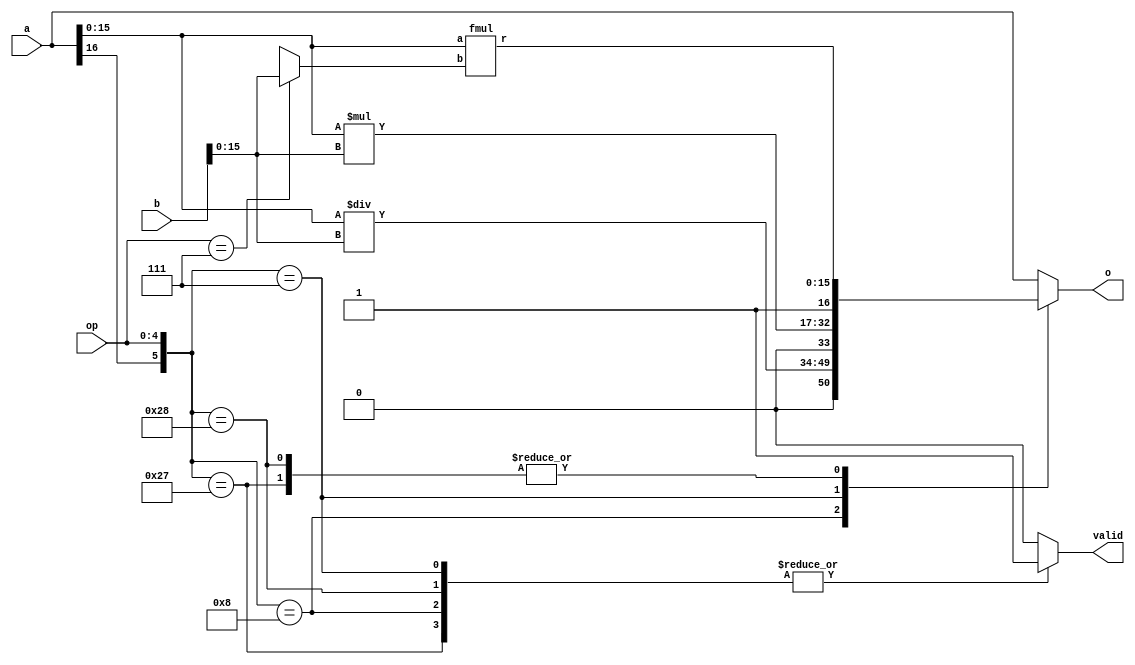
// basic sizes of things 
`define WORD  [15:0] // Standard word length
`define OP    [4:0] // opcode length
`define REG   [2:0] // reg location length
`define HWORD [7:0] // half word length
`define STATE [5:0]

`define OP1	  [15:11] // Typical opcode field
`define OP2   [7:3] // VLIW 2nd Op location
`define REG1  [10:8] // Typical opcode field 
`define REG2  [2:0] // VLIW 2nd Op location
`define IMM8  [7:0] // Immediate 8 bit value location

`define HIR1  [15:8] // first half of ir
`define HIR2  [7:0] // second half of ir

`define ACC1 3'b000 // Location for first accumulator
`define ACC2 3'b001 // Location for second accumulator

// TACKY data type flag values
`define	TFLOAT	1'b1
`define	TINT	1'b0
`define	TAG	[16] // Where the register type is defined (float = 1, int = 0)

// TODO: modify for our code
`define REGWORD [16:0]
`define REGSIZE [7:0]
`define MEMSIZE [65535:0]


`define OPadd  5'b00000 // ---------- begin group 1 // double packable
`define OPsub  5'b00001 
`define OPxor  5'b00010 
`define OPand  5'b00011 
`define OPor   5'b00100 
`define OPsh   5'b00101 
`define OPslt  5'b00110 
`define OPmul  5'b00111 
`define OPdiv  5'b01000 
`define OPnot  5'b01001  // ---------- begin group 2
`define OPcvt  5'b01010 
`define OPr2a  5'b01011 
`define OPa2r  5'b01100  // ---------- begin group 3
`define OPlf   5'b01101 
`define OPli   5'b01110 
`define OPst   5'b01111  // ---------- begin group 4
`define OPjr   5'b10000  // ---------- begin group 5
`define OPjnz8 5'b10100  // full word
`define OPjz8  5'b10101 
`define OPcf8  5'b10110  // ---------- begin group 6
`define OPci8  5'b10111 
`define OPpre  5'b10001  // ---------- begin group 7, 13 bits + 3 padding
`define OPjp8  5'b10010 
`define OPsys  5'b10011 


// special 
`define OPnop1   {`OPa2r, `ACC1} 
`define OPnop2   {`OPa2r, `ACC2} 

// state numbers only
`define Fetch	5'b11000 // s0
`define Read    5'b11001 // s1
`define ALU1    5'b11010 // s2
`define ALU2    5'b11011 // s3
`define Write	5'b11100 // s4

// Float Field definitions
`define	INT	signed [15:0]	// integer size
`define FLOAT	[15:0]	// half-precision float size
`define FSIGN	[15]	// sign bit
`define FEXP	[14:7]	// exponent
`define FFRAC	[6:0]	// fractional part (leading 1 implied)

// Float Constants
`define	FZERO	16'b0	  // float 0
`define F32767  16'h46ff  // closest approx to 32767, actually 32640
`define F32768  16'hc700  // -32768

module alu2(valid, o, op, a, b);
    output valid;
    output `REGWORD o;
    input `OP op;
    input `REGWORD a, b;
    reg `REGWORD t;
    reg ok;

    wire `FLOAT recipf, mulf;

    fmul myfmul(mulf, a `WORD, ((op == `OPmul) ? b `WORD : recipf));
    
    assign o = t;
    assign valid = ok;

    always @(*) begin
    t = a;
    ok = 1;
    case ({a `TAG, op})

        {`TINT, `OPdiv}:   t = {`TINT, (a `WORD / b `WORD)};
        {`TFLOAT, `OPdiv}: t = {`TFLOAT, mulf};
        {`TINT, `OPmul}:   t = {`TINT, (a `WORD * b `WORD)};
        {`TFLOAT, `OPmul}: t = {`TFLOAT, mulf};
 
        default: ok = 0;
    endcase
    end
endmodule


module alu1(valid, o, op, a, b);
    output valid;
    output `REGWORD o;
    input `OP op;
    input `REGWORD a, b;
    reg `REGWORD t;
    reg ok = 0;
    wire sltf;
    wire `WORD cvi;
    wire `FLOAT addf, cvf, recipf, mulf, shf;
    wire signed `WORD sa, sb;

    fadd myfadd(addf, a `WORD, ((op == `OPsub) ? (b `WORD ^ 16'h8000) : b `WORD));

    i2f myi2f(cvf, b `WORD);

    f2i myf2i(cvi, b `WORD);

    frecip myfrecip(recipf, b `WORD);

    fshift myfshift(shf, a `WORD, b `WORD);
    fslt myfslt(sltf, a `WORD, b `WORD);
    assign sa = a `WORD; // signed version of a
    assign sb = b `WORD; // signed version of b
    assign o = t;
    assign valid = ok;

    always @(*) begin
        t = a;
        ok = 1;
        case ({a `TAG, op})
            {`TINT, `OPadd}:   t = {`TINT, (a `WORD + b `WORD)};
            {`TFLOAT, `OPadd}: t = {`TFLOAT,  addf};
            {`TINT, `OPand},
            {`TFLOAT, `OPand}: t `WORD = a `WORD & b `WORD;
            {`TINT, `OPcvt},
            {`TFLOAT, `OPcvt}: t = ((b `TAG == `TFLOAT) ? {`TINT, cvi} : {`TFLOAT, cvf});
            {`TFLOAT, `OPdiv}: t = {`TFLOAT, recipf};
            {`TINT, `OPmul},
            {`TINT, `OPdiv},
            {`TFLOAT, `OPmul}: t = b;
            {`TINT, `OPnot},
            {`TFLOAT, `OPnot}: t `WORD = ~(b `WORD);
            {`TINT, `OPor},
            {`TFLOAT, `OPor}:  t `WORD = (a `WORD | b `WORD);
            {`TINT, `OPsh}:    t = {`TINT, ((sb < 0) ? (sa >> -sb) : (sa << sb))};
            {`TFLOAT, `OPsh}:  t = {`TFLOAT, shf};
            {`TINT, `OPslt}:   t = {`TINT, (sa < sb)};
            {`TFLOAT, `OPslt}: t = {`TINT, 15'b0, sltf};
            {`TINT, `OPsub}:   t `WORD = sa - sb;
            {`TFLOAT, `OPsub}: t = {`TFLOAT, addf};
            {`TINT, `OPxor},
            {`TFLOAT, `OPxor}: t `WORD = (a `WORD ^ b `WORD);
            default:           ok = 0;
        endcase
    end
endmodule

module processor(halt, reset, clk);
    output reg halt;
    input reset, clk;

	reg `HWORD pre;
	reg `REGWORD regfile `REGSIZE;
	reg `WORD mainmem `MEMSIZE;

	reg `WORD pc = 0;
	reg `WORD ir;

    wire `REGWORD alu1res1, alu2res1;
    wire `REGWORD alu1res2, alu2res2;

    reg `OP s0op1, s1op1, s2op1, s3op1;
    reg `OP s0op2, s1op2, s2op2, s3op2;

    // referenced register locations
    reg `REG s0reg1, s1reg1, s2reg1, s3reg1;
    reg `REG s0reg2, s1reg2, s2reg2, s3reg2;

    // referenced imm values
    reg `HWORD s0im, s1im, s2im, s3im; 

    // actual values from registers
    reg `REGWORD s0val1, s1val1, s2val1, s3val1;
    reg `REGWORD s0val2, s1val2, s2val2, s3val2;

    // accumulator values
    reg `REGWORD s0acc1, s1acc1, s2acc1, s3acc1;
    reg `REGWORD s0acc2, s1acc2, s2acc2, s3acc2;

    reg `HWORD s0pre, s1pre, s2pre, s3pre;

    // intermediate condition values
    reg s3g1[3:0];
    reg s3g2[3:0];
    reg t[3:0];
    
    reg ifsquash; 
    reg `WORD newpc;
    wire valid1_1, valid2_1, valid1_2, valid2_2;

    alu1 my1alu1(valid1_1, alu1res1, s1op1, s1acc1, s1val1);
    alu2 my1alu2(valid1_2, alu2res1, s2op1, s2acc1, s2val1);
    // second half
    alu1 my2alu1(valid2_1, alu1res2, s1op2, s1acc2, s1val2);
    alu2 my2alu2(valid2_2, alu2res2, s2op2, s2acc2, s2val2);


	always @(reset) begin
		pc = 0;
		halt = 0;

		s0op1 = `OPnop1;
		s1op1 = `OPnop1;
		s2op1 = `OPnop1;
		s3op1 = `OPnop1;

		s0op2 = `OPnop2;
		s1op2 = `OPnop2;
		s2op2 = `OPnop2;
		s3op2 = `OPnop2;

		$readmemh0(regfile);
		$readmemh1(mainmem);
	end

    always @(*) ir = mainmem[pc];

    always @(*) ifsquash = (s3op1 == `OPjr) && (s3op1 == `OPjz8) && (s3op1 == `OPjnz8) && (s3op1 == `OPjp8);

    always @(*) newpc = (s2op1 == `OPjr) ? s2val1`WORD : 
                        (
                            (s2op2 == `OPjr) ? s2val2`WORD : 
                            (
                                (s2op1 == `OPjp8 || s2op1 == `OPjz8 && s2val1`WORD == 0 || s2op1 == `OPjnz8 && s2val1`WORD != 0) ? {s2pre, s2im} : pc + 1
                            )
                        );


    // value forwarding for acc, reg, and pre
    // modify acc: not, add, sub, xor, and, or, sh, slt, mul, div, r2a, cvt
    // modify reg: cf8, ci8, li, lf, a2r
    always @(*) begin
    // does this modify acc or reg?
        s3g1[0] = s3op1 < 9;
        s3g1[1] = s3op1 == `OPnot || s3op1 == `OPr2a || s3op1 == `OPcvt;
        s3g1[2] = s3op1 == `OPlf || s3op1 == `OPli || s3op1 == `OPa2r;
        s3g1[3] = s3op1 == `OPcf8 || s3op1 == `OPci8;

        t[0] = s3g1[0] || s3g1[1]; // modifies acc1
        t[1] = s3g1[2] || s3g1[3]; // modifies reg1

        // 2nd half -----------------

        s3g2[0] = s3op2 < 9;
        s3g2[1] = s3op2 == `OPnot || s3op2 == `OPr2a || s3op2 == `OPcvt;
        s3g2[2] = s3op2 == `OPlf || s3op2 == `OPli || s3op2 == `OPa2r;
        // cf8 and ci8 don't exist in second half

        t[2] = s3g2[0] || s3g2[1]; // modifies acc2
        t[3] = s3g2[2];            // modifies reg2
        
        // s3op2 <= 16 is for checking if the instruction in stage 3 even has 2 instructions
        // favors reg 1 value in later stage
        s0acc1 = (t[0] || t[1] && s3reg1 == `ACC1) ? s3val1`WORD : ((t[3] && s3reg2 == `ACC1 && s3op2 <= 16) ? s3val2`WORD : regfile[`ACC1]);
        s0val1 = (t[1] && s0reg1 == s3reg1) ? s3val1`WORD : ((t[3] && s0reg1 == s3reg2 && s3op2 <= 16) ? s3val2`WORD : regfile[s0reg1]);

        s0acc2 = (t[2] || t[3] && s3reg2 == `ACC2 && s3op2 <= 16) ? s3val2`WORD : ((t[1] && s3reg1 == `ACC2) ? s3val1`WORD : regfile[`ACC2]);
        s0val2 = (t[1] && s0reg2 == s3reg1) ? s3val1`WORD : ((t[3] && s0reg2 == s3reg2 && s3op2 <= 16) ? s3val2`WORD : regfile[s0reg2]);

        s0pre = (s3op1 == `OPpre || (s3op2 <= 16 && s3op2 == `OPpre)) ? s3pre : (s0op1 == `OPpre)? ir `IMM8 : pre;

    end  

	//STAGE 0: FETCH
	always @(posedge clk) if (!halt) begin
		s0op1 <= ir `OP1;
		s0op2 <= ir `OP2;

        s0reg1 <= ir `REG1;
        s0reg2 <= ir `REG2;
        s0im <= ir `IMM8;

		pc <= newpc;
	end 

	//STAGE 1: Reg Read
	always @(posedge clk) if (!halt) begin
		s1op1 <= (ifsquash ? `OPnop1 : s0op1);
		s1op2 <= (ifsquash ? `OPnop2 : s0op2);

        s1reg1 <= s0reg1;
        s1reg2 <= s0reg2;

        s1acc1 <= s0acc1;
        s1acc2 <= s0acc2;
        
        s1pre  <= s0pre;
        s1im <= s0im;

 		s1val1 <= s0val1;
  		s1val2 <= s0val2;
	end

	// stage 2 ALU / memory
   	always @ (posedge clk) if (!halt) begin
		s2op1 <= s1op1; // squashing happens in this stage
		s2op2 <= s1op2;

        s2reg1 <= s1reg1;
        s2reg2 <= s1reg2;

        s2acc1 <= s1acc1;
        s2acc2 <= s1acc2;

        s2pre <= s1pre;
        s2im <= s1im;

        if(valid1_1)
		    s2val1 <= alu1res1; // div is recip, mul is just s1val1
        else
            case(s1op1)
            `OPci8: begin s2val1 <= {`TINT, pre, s1im}; end
            `OPcf8: begin s2val1 <= {`TFLOAT, pre, s1im}; end
            `OPlf:  begin s2val1 <= {`TFLOAT, mainmem[s1val1`WORD]}; end
            `OPli:  begin s2val1 <= {`TINT, mainmem[s1val1`WORD]}; end
		    `OPa2r: begin s2val1 <= s1acc1; end
            `OPr2a: begin s2val1 <= s1val1; s2reg1 <= `ACC1; end
            `OPst:  begin mainmem[s1val1`WORD] = s1acc1`WORD; end
            endcase

        if(valid2_1)
		    s2val2 <= alu2res1;
        else
            case(s1op2)
            `OPlf:  begin s2val2 <= {`TFLOAT, mainmem[s1val2`WORD]}; end
            `OPli:  begin s2val2 <= {`TINT, mainmem[s1val2`WORD]}; end
		    `OPa2r: begin s2val2 <= s1acc2; end
            `OPr2a: begin s2val2 <= s1val2; s2reg2 <= `ACC2; end
            `OPst:  begin mainmem[s1val2`WORD] = s1acc2`WORD; end
            endcase
	end

    // stage 3 ALU2 / pc changes
    always @ (posedge clk) if (!halt) begin

    	s3op1 <= s2op1; 
		s3op2 <= s2op2;

        s3reg1 <= s2reg1;
        s3reg2 <= s2reg2;

        s3pre  <= s2pre;

        // either compute the second part or pass through
        s3val1 = valid2_1 ? alu1res2 : s2val1; 
        s3val2 = valid2_2 ? alu2res2 : s2val2;

	end

    // stage 4 register write
    always @ (posedge clk) if (!halt) begin 
        if(t[0])
            regfile[`ACC1] <= s3val1;
        
        else if(t[1])
            regfile[s3reg1] <= s3val1;

        else if(t[2])
            regfile[`ACC2] <= s3val1;
        
        else if(t[3])
            regfile[s3reg2] <= s3val1;

        else if(s3op1 == `OPpre)
            pre <= s3pre;

	end

endmodule

// ************************************************ Float ********************************************

// Floating point Verilog modules for CPE480
// Created February 19, 2019 by Henry Dietz, http://aggregate.org/hankd
// Distributed under CC BY 4.0, https://creativecommons.org/licenses/by/4.0/

// Count leading zeros, 16-bit (5-bit result) d=lead0s(s)
module lead0s(d, s);
	output wire [4:0] d;
	input wire `WORD s;
	wire [4:0] t;
	wire [7:0] s8;
	wire [3:0] s4;
	wire [1:0] s2;
	assign t[4] = 0;
	assign {t[3],s8} = ((|s[15:8]) ? {1'b0,s[15:8]} : {1'b1,s[7:0]});
	assign {t[2],s4} = ((|s8[7:4]) ? {1'b0,s8[7:4]} : {1'b1,s8[3:0]});
	assign {t[1],s2} = ((|s4[3:2]) ? {1'b0,s4[3:2]} : {1'b1,s4[1:0]});
	assign t[0] = !s2[1];
	assign d = (s ? t : 16);
endmodule

// Float set-less-than, 16-bit (1-bit result) torf=a<b
module fslt(torf, a, b);
	output wire torf;
	input wire `FLOAT a, b;
	assign torf = (a `FSIGN && !(b `FSIGN)) ||
			  (a `FSIGN && b `FSIGN && (a[14:0] > b[14:0])) ||
			  (!(a `FSIGN) && !(b `FSIGN) && (a[14:0] < b[14:0]));
endmodule

// Floating-point addition, 16-bit r=a+b
module fadd(r, a, b);
	output wire `FLOAT r;
	input wire `FLOAT a, b;
	wire `FLOAT s;
	wire [8:0] sexp, sman, sfrac;
	wire [7:0] texp, taman, tbman;
	wire [4:0] slead;
	wire ssign, aegt, amgt, eqsgn;
	assign r = ((a == 0) ? b : ((b == 0) ? a : s));
	assign aegt = (a `FEXP > b `FEXP);
	assign texp = (aegt ? (a `FEXP) : (b `FEXP));
	assign taman = (aegt ? {1'b1, (a `FFRAC)} : ({1'b1, (a `FFRAC)} >> (texp - a `FEXP)));
	assign tbman = (aegt ? ({1'b1, (b `FFRAC)} >> (texp - b `FEXP)) : {1'b1, (b `FFRAC)});
	assign eqsgn = (a `FSIGN == b `FSIGN);
	assign amgt = (taman > tbman);
	assign sman = (eqsgn ? (taman + tbman) : (amgt ? (taman - tbman) : (tbman - taman)));
	lead0s m0(slead, {sman, 7'b0});
	assign ssign = (amgt ? (a `FSIGN) : (b `FSIGN));
	assign sfrac = sman << slead;
	assign sexp = (texp + 1) - slead;
	assign s = (sman ? (sexp ? {ssign, sexp[7:0], sfrac[7:1]} : 0) : 0);
endmodule

// Floating-point multiply, 16-bit r=a*b
module fmul(r, a, b);
	output wire `FLOAT r;
	input wire `FLOAT a, b;
	wire [15:0] m; // double the bits in a fraction, we need high bits
	wire [7:0] e;
	wire s;
	assign s = (a `FSIGN ^ b `FSIGN);
	assign m = ({1'b1, (a `FFRAC)} * {1'b1, (b `FFRAC)});
	assign e = (((a `FEXP) + (b `FEXP)) -127 + m[15]);
	assign r = (((a == 0) || (b == 0)) ? 0 : (m[15] ? {s, e, m[14:8]} : {s, e, m[13:7]}));
endmodule

// Floating-point reciprocal, 16-bit r=1.0/a
// Note: requires initialized inverse fraction lookup table
module frecip(r, a);
	output wire `FLOAT r;
	input wire `FLOAT a;
	reg [6:0] look[127:0];
	initial $readmemh("vmem0-float.vmem", look);
	assign r `FSIGN = a `FSIGN;
	assign r `FEXP = 253 + (!(a `FFRAC)) - a `FEXP;
	assign r `FFRAC = look[a `FFRAC];
endmodule

// Floating-point shift, 16 bit
// Shift +left,-right by integer
module fshift(r, f, i);
	output wire `FLOAT r;
	input wire `FLOAT f;
	input wire `INT i;
	assign r `FFRAC = f `FFRAC;
	assign r `FSIGN = f `FSIGN;
	assign r `FEXP = (f ? (f `FEXP + i) : 0);
endmodule

// Integer to float conversion, 16 bit
module i2f(f, i);
	output wire `FLOAT f;
	input wire `INT i;
	wire [4:0] lead;
	wire `WORD pos;
	assign pos = (i[15] ? (-i) : i);
	lead0s m0(lead, pos);
	assign f `FFRAC = (i ? ({pos, 8'b0} >> (16 - lead)) : 0);
	assign f `FSIGN = i[15];
	assign f `FEXP = (i ? (128 + (14 - lead)) : 0);
endmodule

// Float to integer conversion, 16 bit
// Note: out-of-range values go to -32768 or 32767
module f2i(i, f);
	output wire `INT i;
	input wire `FLOAT f;
	wire `FLOAT ui;
	wire tiny, big;
	fslt m0(tiny, f, `F32768);
	fslt m1(big, `F32767, f);
	assign ui = {1'b1, f `FFRAC, 16'b0} >> ((128+22) - f `FEXP);
	assign i = (tiny ? 0 : (big ? 32767 : (f `FSIGN ? (-ui) : ui)));
endmodule